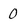
Character: 0